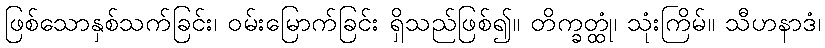
ဖြစ်သောနှစ်သက်ခြင်း၊ ဝမ်းမြောက်ခြင်း ရှိသည်ဖြစ်၍။ တိက္ခတ္ထုံ၊ သုံးကြိမ်။ သီဟနာဒံ၊